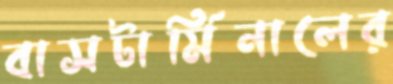
বাসটার্মিনালের